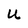
Character: u